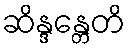
ဆိန္ဒန္တေတိ